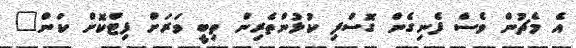
އެ މެޗުން ވެސް ފެނިގެން ގޮސްފި ކުޅުންތެރިން ތިބީ ވަރަށް ފިޓްކޮށް ކަން"